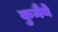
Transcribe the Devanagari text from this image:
कुमैंये